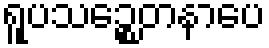
ရူပသဉ္စေတနာပေ